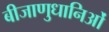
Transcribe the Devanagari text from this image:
बीजाणुधानिओं